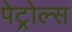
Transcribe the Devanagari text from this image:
पेट्रोल्स